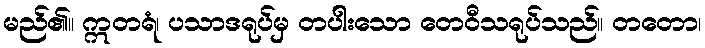
မည်၏။ ဣတရံ၊ ပသာဒရုပ်မှ တပါးသော တေဝီသရုပ်သည်။ တတော၊